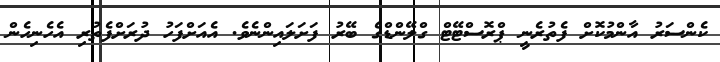
ކެންސަރު އާންމުކޮށް ފެތުރެނީ ޕްރޮސްޓޭޓް ގްލޭންޑްގެ ބޭރު ފަށަލައިންނެވެ. އެއަށްފަހު ދުރަށްފެތުރި އެހެނިހެން